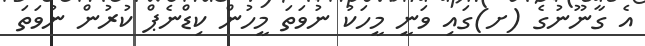
އެ ގާނޫނުގެ (ށ)ގައި ވަނީ މީހަކު ނުވަތަ މީހުން ކިޑްނެޕް ކުރުން ނުވަތަ